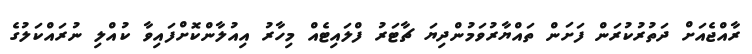
ރާއްޖެއަށް ދަތުރުކުރަން ފަށަން ތައްޔާރުވަމުންދިޔަ ޗާޓަރު ފްލައިޓެއް މިހާރު އިއުލާންކޮށްފައިވާ ކުއްލި ނުރައްކަލުގެ